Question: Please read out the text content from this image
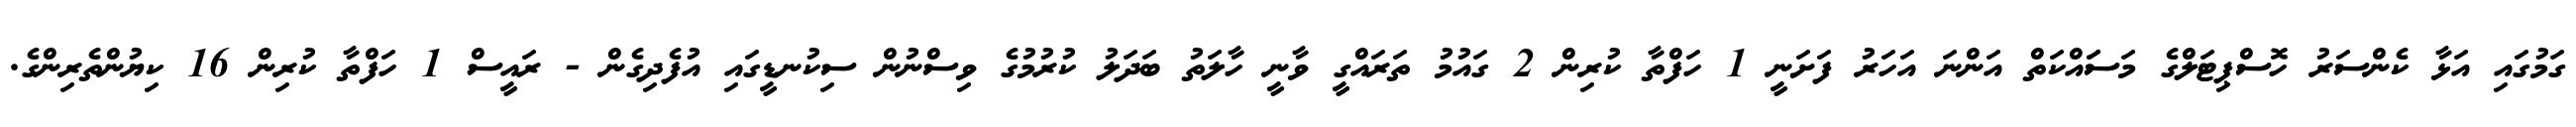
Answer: ގަމުގައި އަޅާ ކެންސަރު ހޮސްޕިޓަލްގެ މަސަައްކަތް އަންނަ އަހަރު ފަށަނީ 1 ހަފްތާ ކުރިން 2 ގައުމު ތަރައްގީ ވާނީ ހާލަތު ބަދަލު ކުރުމުގެ ވިސްނުން ސިކުނޑީގައި އުފެދިގެން - ރައީސް 1 ހަފްތާ ކުރިން 16 ކިޔުންތެރިންގެ.